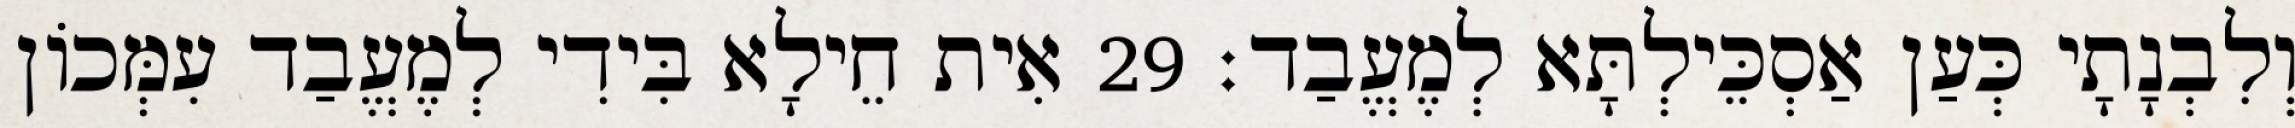
וְלִבְנָתָי כְּעַן אַסְכֵּילְתָּא לְמֶעֱבַד׃ 29 אִית חֵילָא בִּידִי לְמֶעֱבַד עִמְּכוֹן